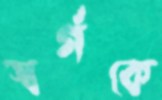
স্বর্গকে